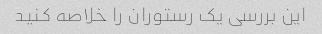
این بررسی یک رستوران را خلاصه کنید